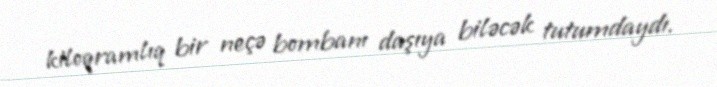
kiloqramlıq bir neçə bombanı daşıya biləcək tutumdaydı.